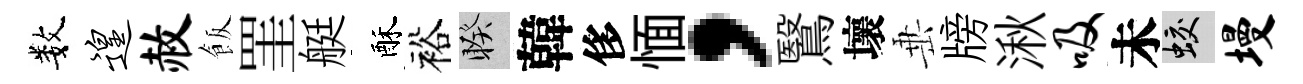
数遑赦飯罣艇酥裕睽韓侈愐，鷖壞𡸁牓湫吸未蛟墁